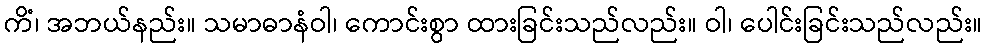
ကိံ၊ အဘယ်နည်း။ သမာဓာနံဝါ၊ ကောင်းစွာ ထားခြင်းသည်လည်း။ ဝါ၊ ပေါင်းခြင်းသည်လည်း။